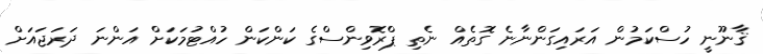
ޤާނޫނީ ހުސްކަމުން އަރައިގަންނާނެ ގޮތެއް ނެތި ޕްރޮވިންސްގެ ކަންކަން ހުއްޓުމަކަށް އަންނަ ދަރަޖައަށް